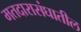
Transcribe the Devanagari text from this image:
मतदारासंघातील